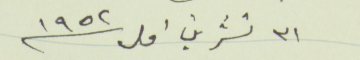
٣١ تشرين اول سنة ١٩٥٢